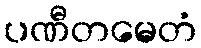
ပဏီတမေတံ